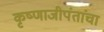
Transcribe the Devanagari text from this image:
कृष्णाजीपंतांचा